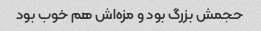
حجمش بزرگ بود و مزه‌اش هم خوب بود